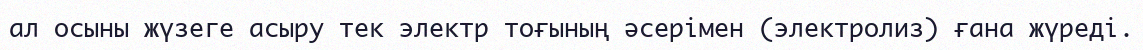
ал осыны жүзеге асыру тек электр тоғының әсерімен (электролиз) ғана жүреді.